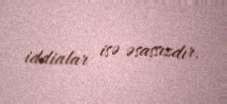
iddialar isə əsassızdır.